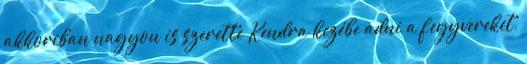
akkoriban nagyon is szerette Kendra kezébe adni a fegyvereket,